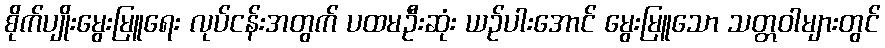
စိုက်ပျိုးမွေးမြူရေး လုပ်ငန်းအတွက် ပထမဦးဆုံး ယဉ်ပါးအောင် မွေးမြူသော သတ္တဝါများတွင်